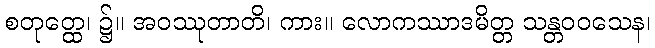
စတုတ္ထေ၊ ၌။ အဝဿုတာတိ၊ ကား။ လောကဿာဒမိတ္တ သန္တဝဝသေန၊